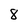
Character: 8